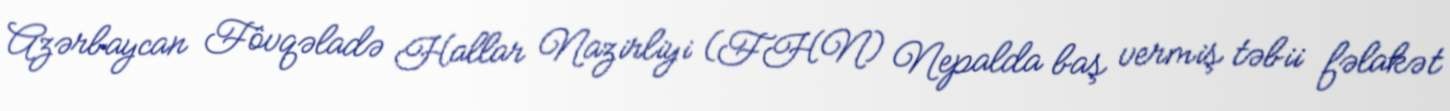
Azərbaycan Fövqəladə Hallar Nazirliyi (FHN) Nepalda baş vermiş təbii fəlakət